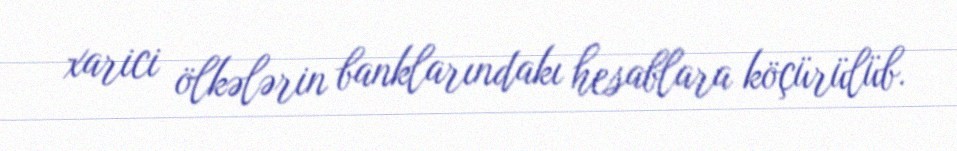
xarici ölkələrin banklarındakı hesablara köçürülüb.